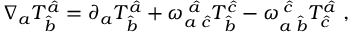
\nabla _ { a } T _ { \hat { b } } ^ { \hat { a } } = \partial _ { a } T _ { \hat { b } } ^ { \hat { a } } + { \omega } _ { a \; \hat { c } } ^ { \; \hat { a } } T _ { \hat { b } } ^ { \hat { c } } - { \omega } _ { a \; \hat { b } } ^ { \; \hat { c } } T _ { \hat { c } } ^ { \hat { a } } \; ,